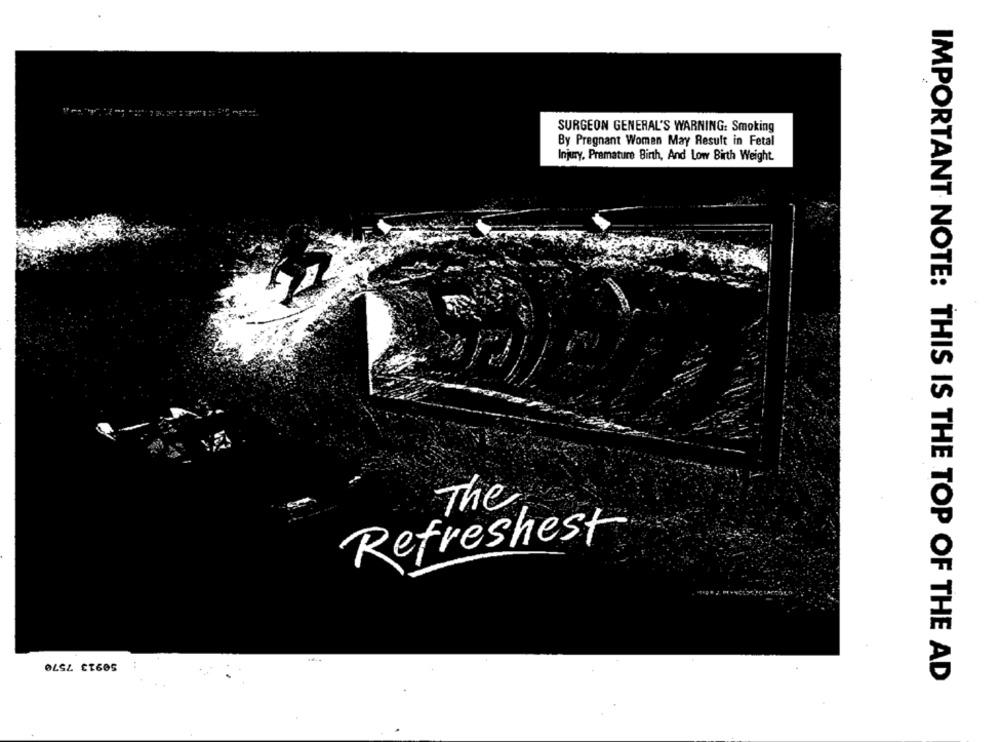
SURGEON GENERAL'S WARNING: Smoking
By Pregnant Women May Result in Fetal
Injury, Premature Birth, And Low Birth Weight.
The
Refreshest
50913 7570
IMPORTANT NOTE: THIS IS THE TOP OF THE AD